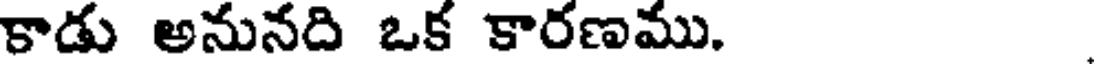
కాడు అనునది ఒక కారణము.